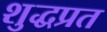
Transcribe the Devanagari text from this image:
शुद्धप्रत